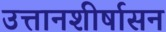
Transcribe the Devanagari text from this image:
उत्तानशीर्षासन